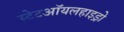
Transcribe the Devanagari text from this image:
स्टेटऑयलहाइड्रो